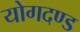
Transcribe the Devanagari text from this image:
योगदण्ड